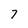
Character: 7